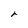
Character: r